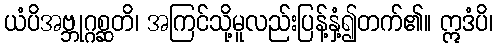
ယံပိအဗ္ဘုဂ္ဂစ္ဆတိ၊ အကြင်သို့မူလည်းပြန့်နှံ့၍တက်၏။ ဣဒံပိ၊